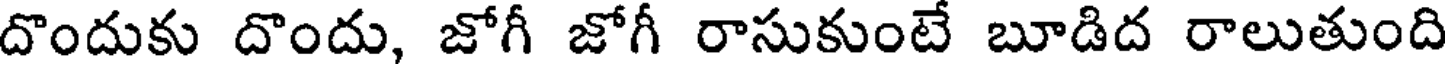
దొందుకు దొందు, జోగీ జోగీ రాసుకుంటే బూడిద రాలుతుంది